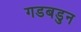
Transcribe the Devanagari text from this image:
गडबडुन